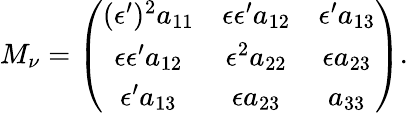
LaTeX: M_{\nu}=\left(\begin{array}{ccc}{{(\epsilon^{\prime})^{2}a_{11}}}&{{\epsilon\epsilon^{\prime}a_{12}}}&{{\epsilon^{\prime}a_{13}}}\\ {{\epsilon\epsilon^{\prime}a_{12}}}&{{\epsilon^{2}a_{22}}}&{{\epsilon a_{23}}}\\ {{\epsilon^{\prime}a_{13}}}&{{\epsilon a_{23}}}&{{a_{33}}}\end{array}\right).